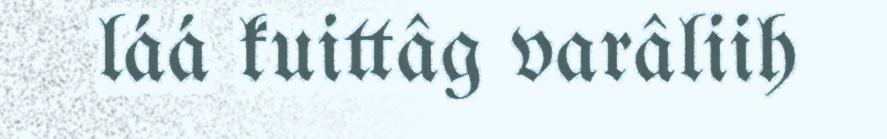
láá kuittâg varâliih